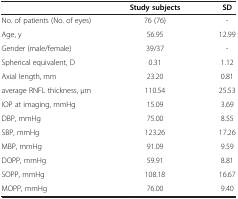
<table><thead><tr><td><b> </b></td><td><b>Study subjects</b></td><td><b>SD</b></td></tr></thead><tbody><tr><td>No. of patients (No. of eyes)</td><td>76 (76)</td><td>-</td></tr><tr><td>Age, y</td><td>56.95</td><td>12.99</td></tr><tr><td>Gender (male/female)</td><td>39/37</td><td>-</td></tr><tr><td>Spherical equivalent, D</td><td>0.31</td><td>1.12</td></tr><tr><td>Axial length, mm</td><td>23.20</td><td>0.81</td></tr><tr><td>average RNFL thickness, μm</td><td>110.54</td><td>25.53</td></tr><tr><td>IOP at imaging, mmHg</td><td>15.09</td><td>3.69</td></tr><tr><td>DBP, mmHg</td><td>75.00</td><td>8.55</td></tr><tr><td>SBP, mmHg</td><td>123.26</td><td>17.26</td></tr><tr><td>MBP, mmHg</td><td>91.09</td><td>9.59</td></tr><tr><td>DOPP, mmHg</td><td>59.91</td><td>8.81</td></tr><tr><td>SOPP, mmHg</td><td>108.18</td><td>16.67</td></tr><tr><td>MOPP, mmHg</td><td>76.00</td><td>9.40</td></tr></tbody></table>